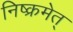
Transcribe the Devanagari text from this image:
निष्क्रमेत्